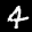
Label: 4